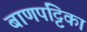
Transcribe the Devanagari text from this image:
बाणपट्टिका